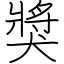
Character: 獎